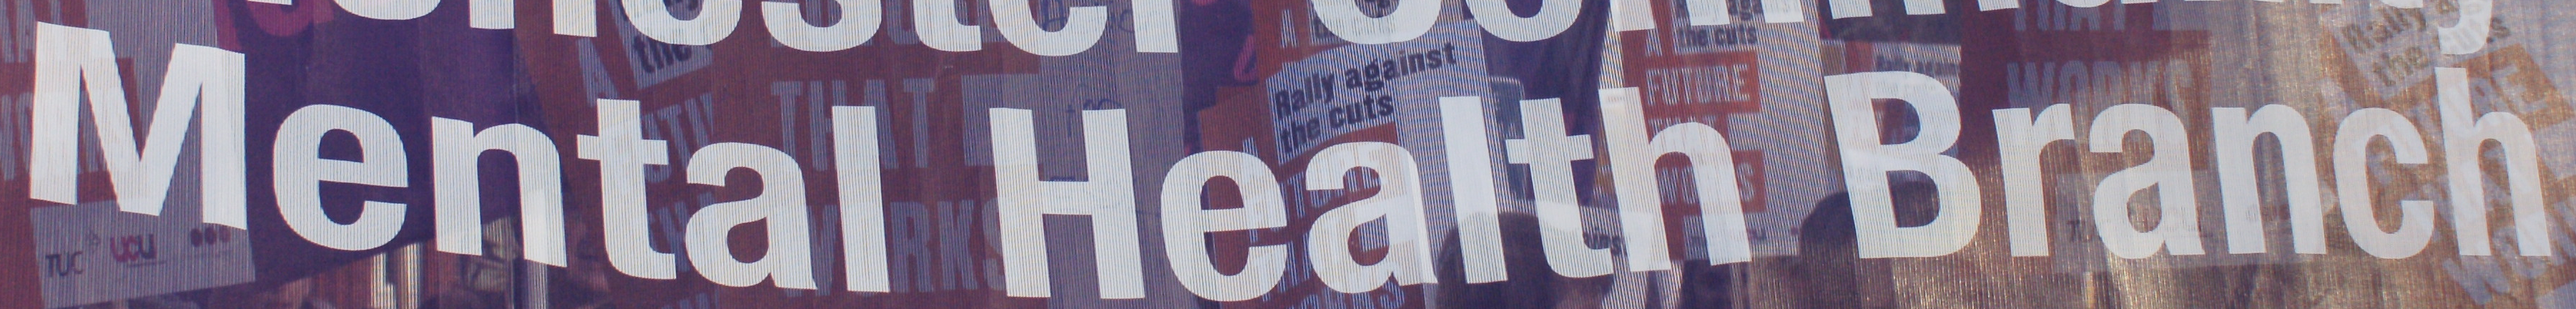
Mental Health Branch